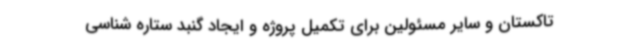
تاکستان و سایر مسئولین برای تکمیل پروژه و ایجاد گنبد ستاره شناسی